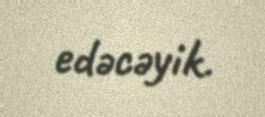
edəcəyik.